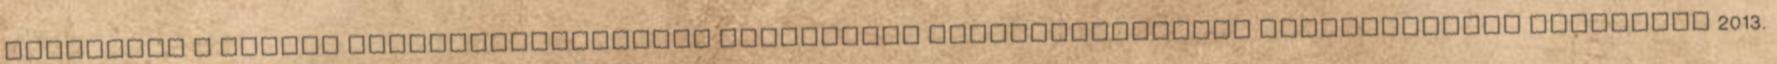
lakáscélú A KISKUN Takarékszövetkezet Hitelezési Üzletszabályzata Hatálybalépés időpontja 2013.